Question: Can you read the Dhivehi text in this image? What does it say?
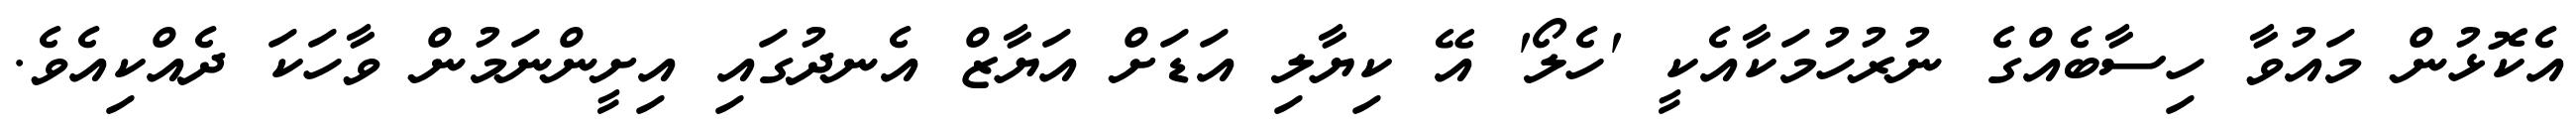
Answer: އެކޮޅުން މައުވާ ހިސާބެއްގެ ނުރުހުމަކާއެކީ 'ހެލޯ' އޭ ކިޔާލި އަޑަށް އަޔާޒް އެނދުގައި އިށީންނަމުން ވާހަކަ ދެއްކިއެވެ.